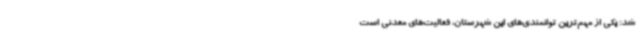
شد: یکی از مهم‌ترین توانمندی‌های این شهرستان، فعالیت‌های معدنی است